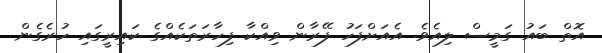
އޮތް ބައު ގަމީސް ލިއެވެ. އެއަށްފަހު ފޭރާން ވިއްކާ ފިހާރަތަކެއްގެ ކައިރީގައި ހުރެގެން